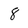
Character: 8